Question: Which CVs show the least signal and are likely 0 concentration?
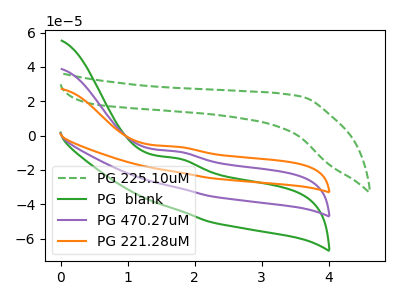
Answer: <think>The green dashed curve "PG 225.10uM" has no peaks. The green curve "PG  blank" has an anodic peak at: (1.75V, -18.55uA). The purple curve "PG 470.27uM" has an anodic peak at: (1.75V, -9.25uA). The orange curve "PG 221.28uM" has an anodic peak at: (1.75V, -6.50uA).</think>
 <answer>"PG 225.10uM" is likely to be a blank.</answer>
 <eval>PG 225.10uM</eval>